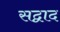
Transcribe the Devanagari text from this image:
सद्वाद